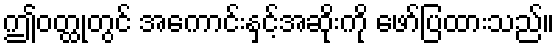
ဤဝတ္ထုတွင် အကောင်းနှင့်အဆိုးကို ဖော်ပြထားသည်။